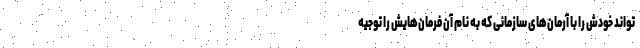
‌تواند خودش را با آرمان‌های سازمانی که به نام آن فرمان‌هایش را توجیه